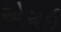
એચઇ